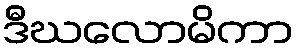
ဒီဃလောမိကာ